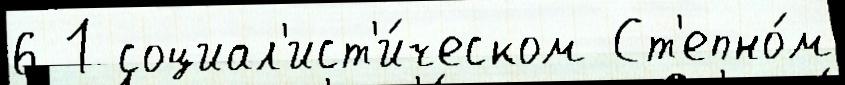
6 1 социал'ист'и́ческом Ст'епно́м